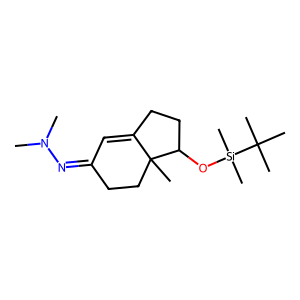
SMILES: CN(C)N=C1C=C2CCC(O[Si](C)(C)C(C)(C)C)C2(C)CC1
Inhibits HIV replication: No